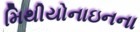
મિથીયોનાઇનના